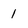
Character: 1